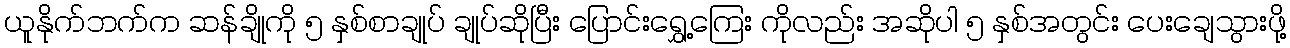
ယူနိုက်ဘက်က ဆန်ချိုကို ၅ နှစ်စာချုပ် ချုပ်ဆိုပြီး ပြောင်းရွှေ့ကြေး ကိုလည်း အဆိုပါ ၅ နှစ်အတွင်း ပေးချေသွားဖို့